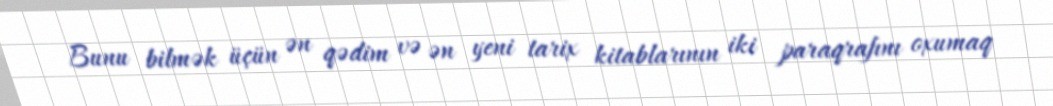
Bunu bilmək üçün ən qədim və ən yeni tarix kitablarının iki paraqrafını oxumaq